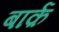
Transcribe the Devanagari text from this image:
बार्क़